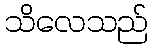
သိလေသည်